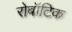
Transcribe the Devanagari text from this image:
रोबॉटिक